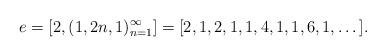
LaTeX: \begin{align*} e=[2,(1,2n,1)_{n=1}^\infty] = [2,1,2,1,1,4,1,1,6,1,\dots].\end{align*}